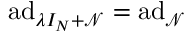
\mathrm { a d } _ { \lambda I _ { N } + \mathcal { N } } = \mathrm { a d } _ { \mathcal { N } }